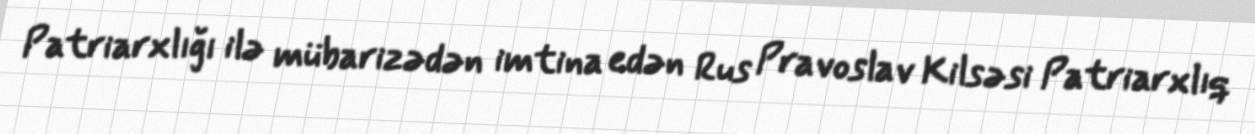
Patriarxlığı ilə mübarizədən imtina edən Rus Pravoslav Kilsəsi Patriarxlıq